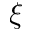
\xi